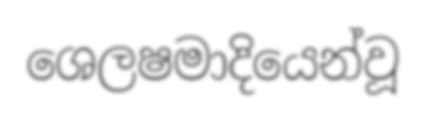
ශෙලෂමාදියෙන්වූ